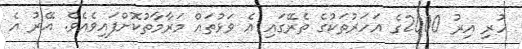
ހުރި އިރު 2000ގެ އަހަރުތަކުގެ ތެރޭގައި އެ ވަޅުތައް މަރާމާތުކޮށްފައިވެއެވެ. އޭރު އެ